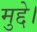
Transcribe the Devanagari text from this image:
मुद्दे।